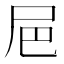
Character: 㞎